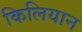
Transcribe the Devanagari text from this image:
किलियान